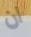
ان